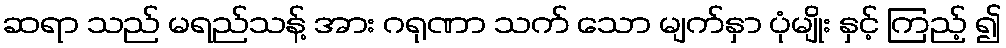
ဆရာ သည် မရည်သန့် အား ဂရုဏာ သက် သော မျက်နှာ ပုံမျိုး နှင့် ကြည့် ၍